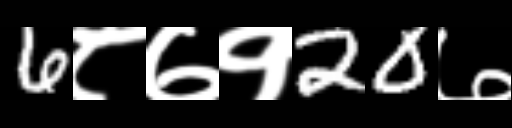
Text: 6८७१20७